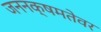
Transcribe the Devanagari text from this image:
जननक्षमतेवर